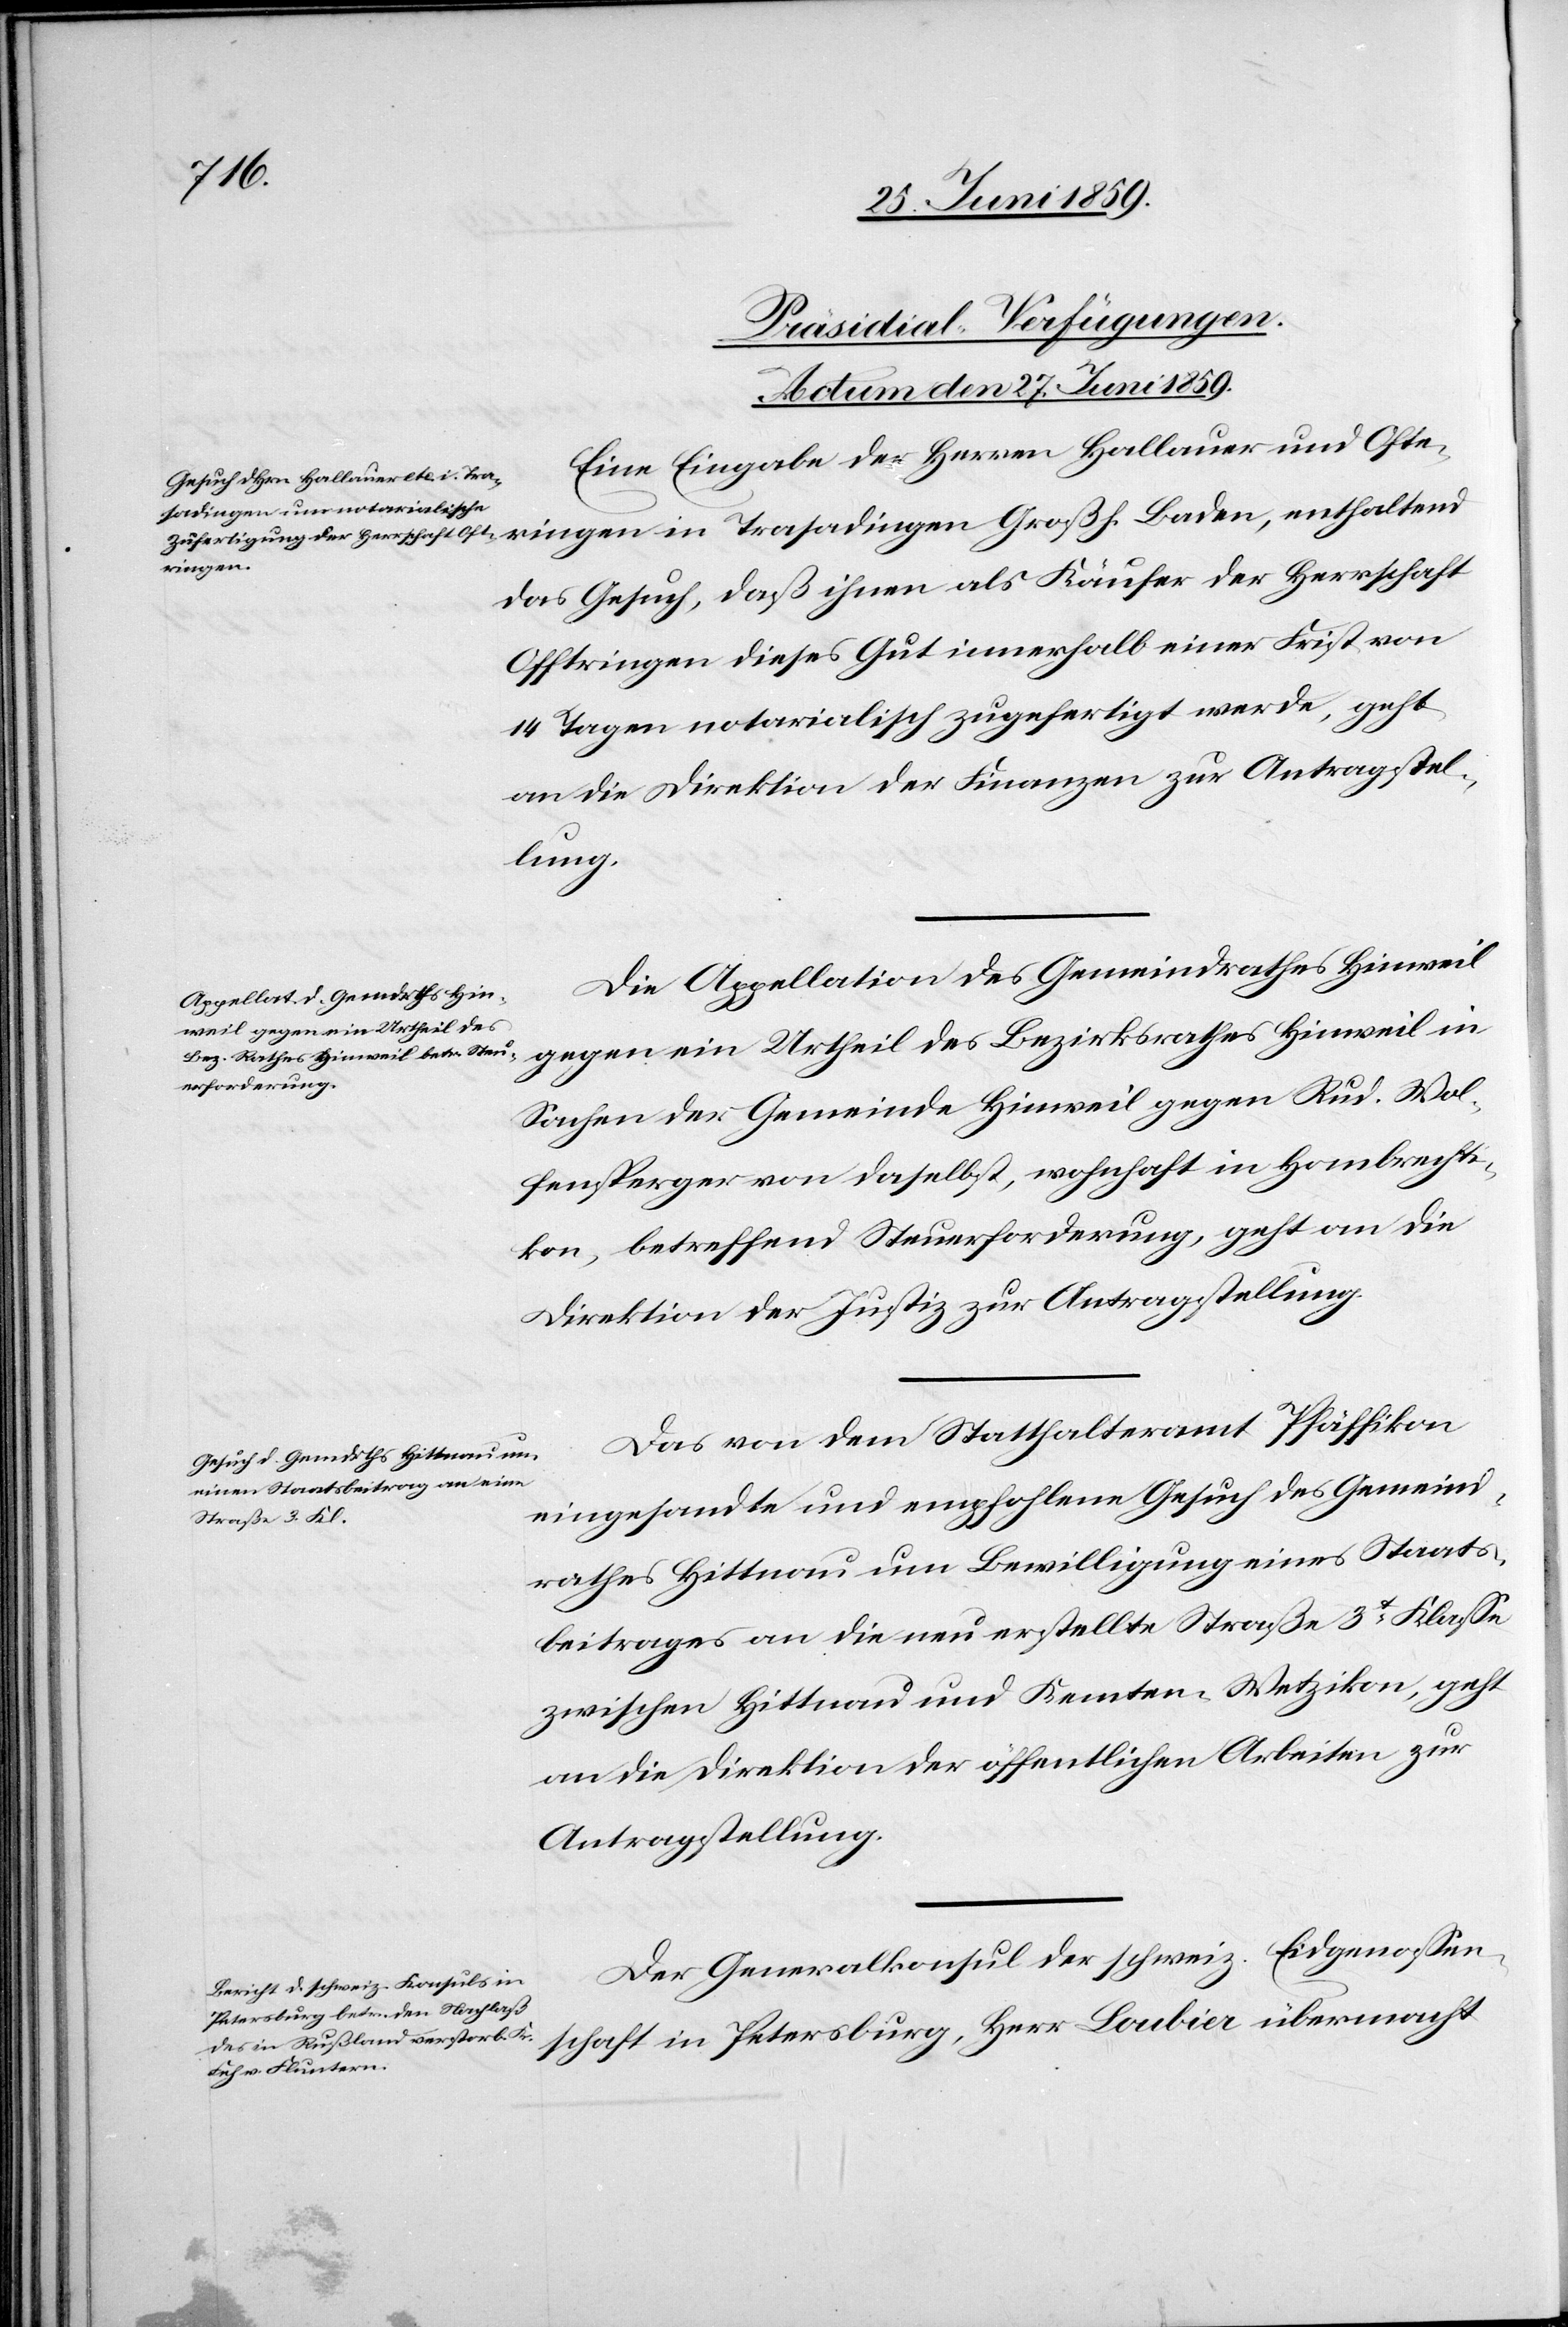
[Präsidial-Verfügungen.
Actum den 27. Juni 1859.]
Eine Eingabe der Herren Hallauer und Ofte¬
ringen
das Gesuch, daß ihnen als Käufer der Herrschaft
Offtringen dieses Gut innerhalb einer Frist von
14 Tagen notarialisch zugefertigt werde, geht
an die Direktion der Finanzen zur Antragstel¬
lung.
Die Appellation des Gemeindrathes Hin¬
weil gegen ein Urtheil des
Sachen der Gemeinde Hinweil gegen Rud. Wol¬
fensperger von daselbst, wohnhaft in Hombrechti¬
kon, betreffend Steuerforderung, geht an die
Direktion der Justiz zur Antragstellung.
Das von dem Statthalteramt Pfäffikon
eingesandte und empfohlene Gesuch des Gemeind¬
rathes Hittnau um Bewilligung eines Staats¬
beitrages an die neu erstellte Straße 3t. Klasse
zwischen Hittnau und Kempten Wetzikon, geht
an die Direktion der öffentlichen Arbeiten zu
Antragstellung.
Der Generalkonsul der schweiz. Eidgenossen¬
schaft in Petersburg, Herr Loubier übermacht